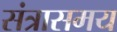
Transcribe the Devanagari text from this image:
संत्रासमय